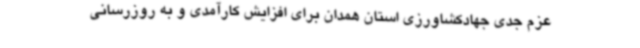
عزم جدی جهادکشاورزی استان همدان برای افزایش کارآمدی و به روزرسانی